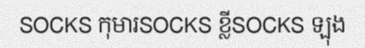
SOCKS កុមារSOCKS ខ្លីSOCKS ឡុង